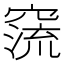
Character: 𥧕